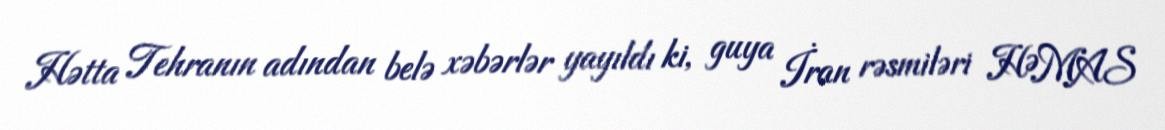
Hətta Tehranın adından belə xəbərlər yayıldı ki, guya İran rəsmiləri HƏMAS